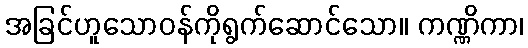
အခြင်ဟူသောဝန်ကိုရွက်ဆောင်သော။ ကဏ္ဏိကာ၊